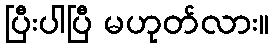
ပြီးပါပြီ မဟုတ်လား။